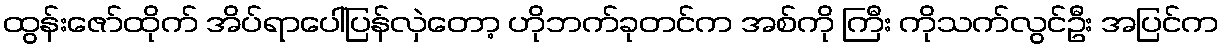
ထွန်းဇော်ထိုက် အိပ်ရာပေါ်ပြန်လှဲတော့ ဟိုဘက်ခုတင်က အစ်ကို ကြီး ကိုသက်လွင်ဦး အပြင်က